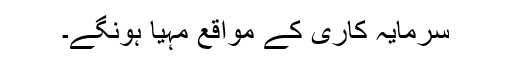
سرمایہ کاری کے مواقع مہیا ہونگے۔